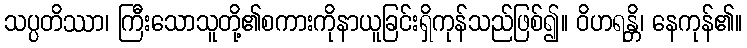
သပ္ပတိဿာ၊ ကြီးသောသူတို့၏စကားကိုနာယူခြင်းရှိကုန်သည်ဖြစ်၍။ ဝိဟရန္တိ၊ နေကုန်၏။